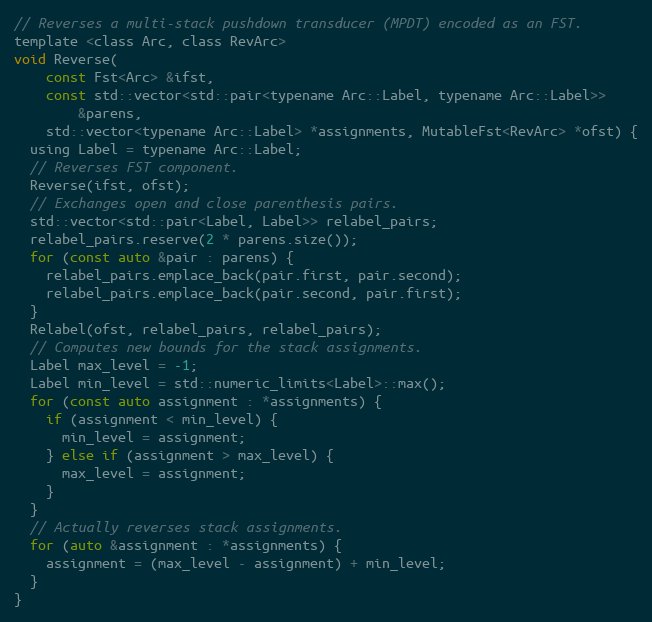
Language: C
// Reverses a multi-stack pushdown transducer (MPDT) encoded as an FST.
template <class Arc, class RevArc>
void Reverse(
    const Fst<Arc> &ifst,
    const std::vector<std::pair<typename Arc::Label, typename Arc::Label>>
        &parens,
    std::vector<typename Arc::Label> *assignments, MutableFst<RevArc> *ofst) {
  using Label = typename Arc::Label;
  // Reverses FST component.
  Reverse(ifst, ofst);
  // Exchanges open and close parenthesis pairs.
  std::vector<std::pair<Label, Label>> relabel_pairs;
  relabel_pairs.reserve(2 * parens.size());
  for (const auto &pair : parens) {
    relabel_pairs.emplace_back(pair.first, pair.second);
    relabel_pairs.emplace_back(pair.second, pair.first);
  }
  Relabel(ofst, relabel_pairs, relabel_pairs);
  // Computes new bounds for the stack assignments.
  Label max_level = -1;
  Label min_level = std::numeric_limits<Label>::max();
  for (const auto assignment : *assignments) {
    if (assignment < min_level) {
      min_level = assignment;
    } else if (assignment > max_level) {
      max_level = assignment;
    }
  }
  // Actually reverses stack assignments.
  for (auto &assignment : *assignments) {
    assignment = (max_level - assignment) + min_level;
  }
}